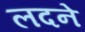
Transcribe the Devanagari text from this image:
लदने